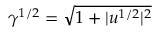
\gamma ^ { 1 / 2 } = \sqrt { 1 + | u ^ { 1 / 2 } | ^ { 2 } }